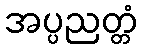
အပ္ပညတ္တံ